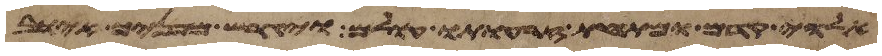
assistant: אלהי קדם ומתחת זרועת עולם ויגרש מפניך אויב